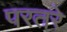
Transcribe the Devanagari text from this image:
परतरे